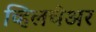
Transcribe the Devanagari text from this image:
व्हिलचेअर